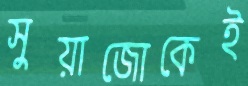
সুয়াজোকেই